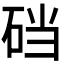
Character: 𱳹